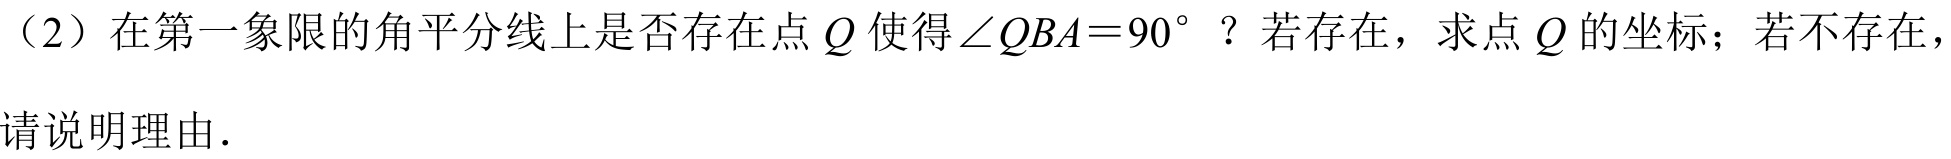
（2）在第一象限的角平分线上是否存在点\(Q\)使得\(\angle QBA = 90^{\circ}\)？若存在，求点\(Q\)的坐标；若不存在，请说明理由.